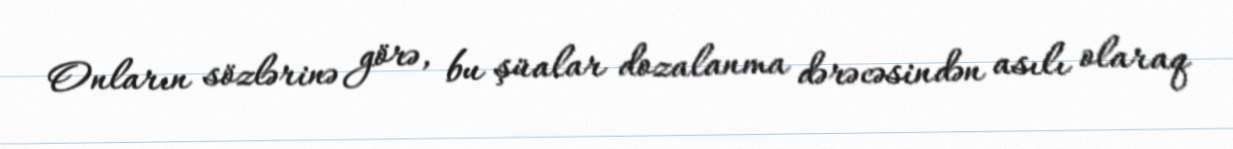
Onların sözlərinə görə, bu şüalar dozalanma dərəcəsindən asılı olaraq